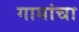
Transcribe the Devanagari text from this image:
गामांचा